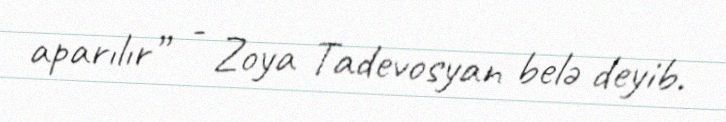
aparılır” - Zoya Tadevosyan belə deyib.